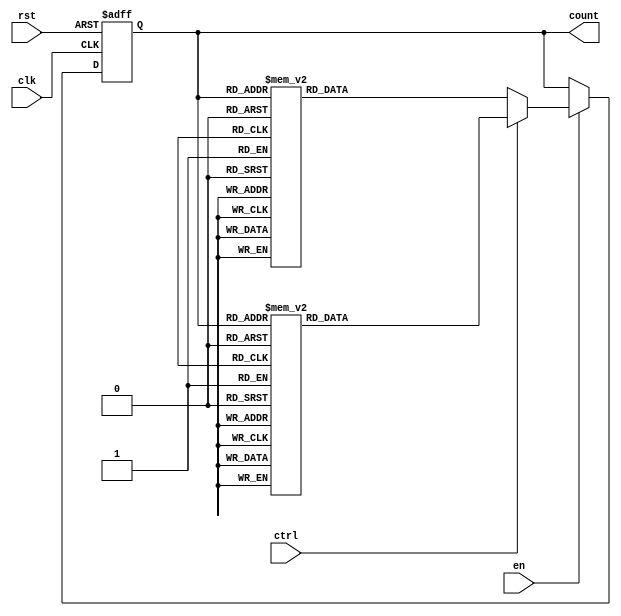
module bidirectional_gray_counter (
    input wire clk,
    input wire rst,
    input wire en,
    input wire ctrl,
    output reg [3:0] count
);

reg [3:0] next_count;

always @(posedge clk or posedge rst) begin
    if (rst) begin
        count <= 4'b0000;
    end else begin
        if (en) begin
            if (ctrl) begin // Count down
                case(count)
                    4'b0000: next_count = 4'b0001;
                    4'b0001: next_count = 4'b0011;
                    4'b0011: next_count = 4'b0010;
                    4'b0010: next_count = 4'b0110;
                    4'b0110: next_count = 4'b0111;
                    4'b0111: next_count = 4'b0101;
                    4'b0101: next_count = 4'b0100;
                    4'b0100: next_count = 4'b1100;
                    4'b1100: next_count = 4'b1101;
                    4'b1101: next_count = 4'b1111;
                    4'b1111: next_count = 4'b1110;
                    4'b1110: next_count = 4'b1010;
                    4'b1010: next_count = 4'b1011;
                    4'b1011: next_count = 4'b1001;
                    4'b1001: next_count = 4'b1000;
                    4'b1000: next_count = 4'b0000;
                    default: next_count = 4'b0000;
                endcase
            end else begin // Count up
                case(count)
                    4'b0000: next_count = 4'b1000;
                    4'b1000: next_count = 4'b1001;
                    4'b1001: next_count = 4'b1011;
                    4'b1011: next_count = 4'b1010;
                    4'b1010: next_count = 4'b1110;
                    4'b1110: next_count = 4'b1111;
                    4'b1111: next_count = 4'b1101;
                    4'b1101: next_count = 4'b1100;
                    4'b1100: next_count = 4'b0100;
                    4'b0100: next_count = 4'b0101;
                    4'b0101: next_count = 4'b0111;
                    4'b0111: next_count = 4'b0110;
                    4'b0110: next_count = 4'b0010;
                    4'b0010: next_count = 4'b0011;
                    4'b0011: next_count = 4'b0001;
                    4'b0001: next_count = 4'b0000;
                    default: next_count = 4'b0000;
                endcase
            end
            count <= next_count;
        end
    end
end

endmodule